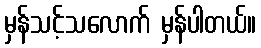
မှန်သင့်သလောက် မှန်ပါတယ်။